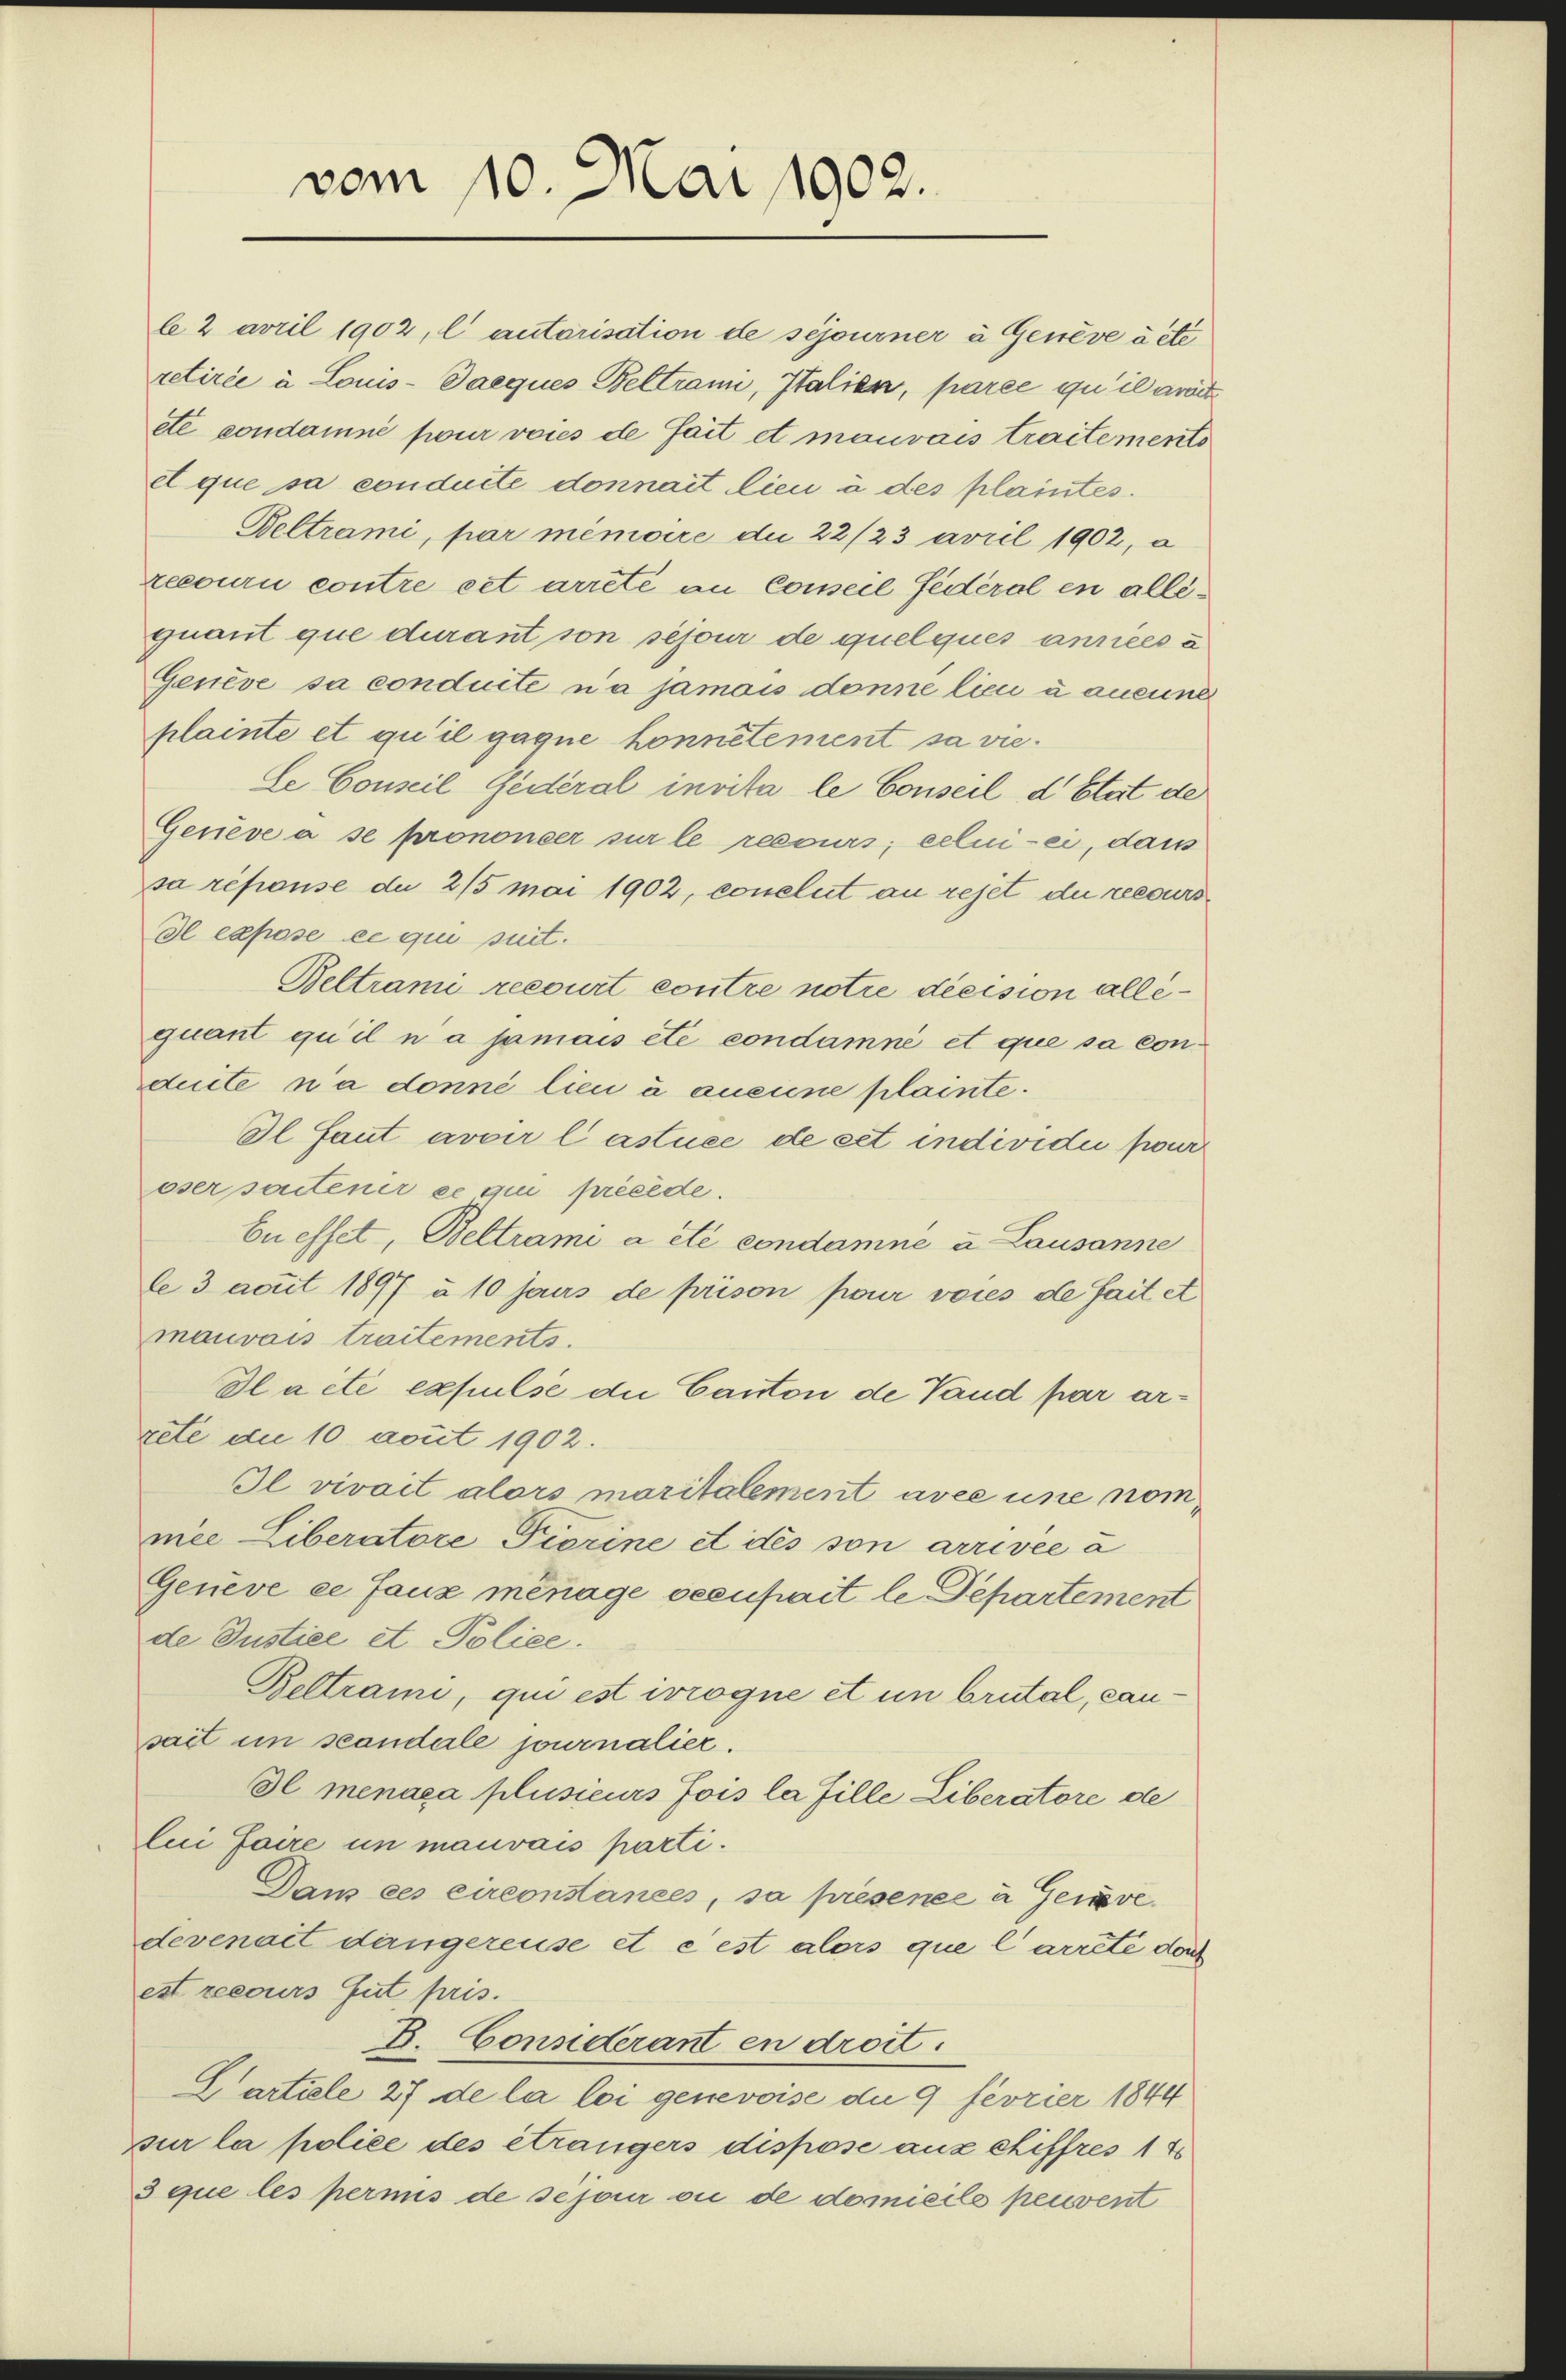
le 2 avril 1902, l autorisation de séjourner à Genève öste
retirée à Louis-Daeques Beltrami, Italica, parée qu’il ant
eté condamné pour voies de fait et mauvais traitements
et que sa conduite donnait lieu à des plaintes.
Beltrami, par mémoire die 22/23 avril 1902, a
recouru contre cet arrete an Conseil fédéral en alleguant que durant son sejour de quelques années à
Genève sa conduite na jamais donne lieu à aucune
plainte et qu’il gaque honnelement sa viele Conseil Gederal invita le Conseil d’Etat de
Gerieve à se prononcer sur le recours; celui-ci, dass
sa réponse du 2/5 mai 1902, conclut an rejet du recours
dl expose ce qui suit.
Beltrami recourt contre notre decision allequant qu’il na jamais etc condamné et que sa conduite n’a donné lieu à aneune plainte.
Il faut avoir lastuée de cet individui pour
oser seitener ce qui precede.
bueffet, Beltrami a été condamne u Lausanne
le 3 acuit 1897 à 10 Jans de prison pour voies de fait et
mauvais traitements.
Dlacte expulse die Canton de Vaud par arrete die 10 avut 1902.
Il vivait alors maritalement avec une nommie Liberatore Pierine et des son arrivée a
Geneve ee faux ménage beenhait le Departement
de Justice et Police.
Beltrami, qui est irrogne et un brutal, Cansait in scandale journalier.
Il menaca plusieurs fois la fille Liberatore de
lui faire in mauvais parti.
Dans ces circonstances, sa présence a Gerve
devenait dangereuse et c’est alors que l’arrete doch
est recours Gut pris.
B. Considerant en droit.
Cartiele 27 de la loi genevoise du 9 fevrier 1844
sur la police des étrangers dispose aux chiffres 17
3 que les permis de séjour ou de domicile peuvent

vom 10. Mai 1902.